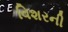
વિશરની